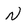
Character: n